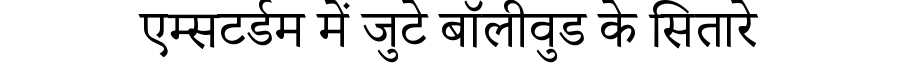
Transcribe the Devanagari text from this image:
एम्सटर्डम में जुटे बॉलीवुड के सितारे